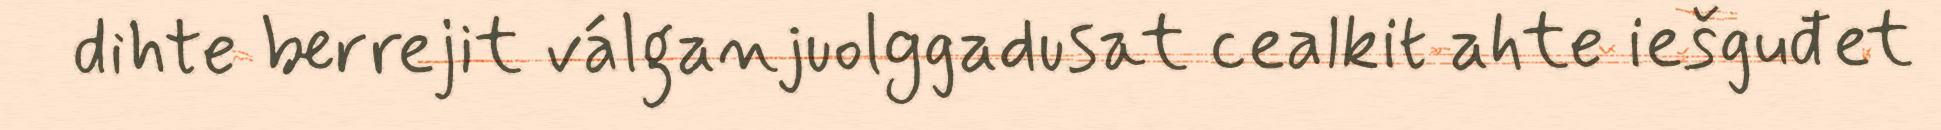
dihte berrejit válganjuolggadusat cealkit ahte iešguđet